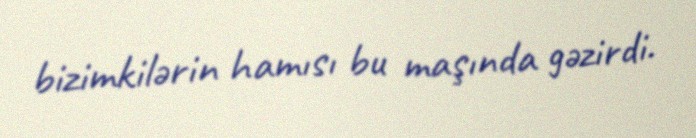
bizimkilərin hamısı bu maşında gəzirdi.